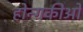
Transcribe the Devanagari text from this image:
होन्गकीओ